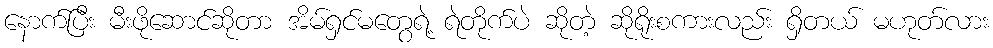
နောက်ပြီး မီးဖိုဆောင်ဆိုတာ အိမ်ရှင်မတွေရဲ့ ရဲတိုက်ပဲ ဆိုတဲ့ ဆိုရိုးစကားလည်း ရှိတယ် မဟုတ်လား